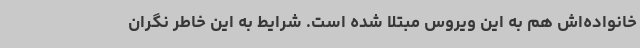
خانواده‌اش هم به این ویروس مبتلا شده است. شرایط به این خاطر نگران